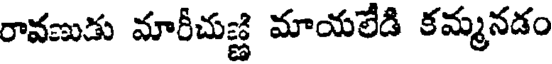
రావణుడు మారీచుజ్జి మాయలేడి కమ్మునడం